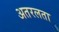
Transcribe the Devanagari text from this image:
अतरलता